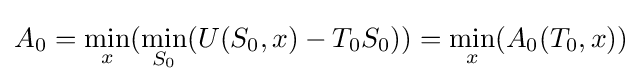
A_{0}={\underset {x}{\mathrm {min} }}({\underset {S_{0}}{\mathrm {min} }}(U(S_{0},x)-T_{0}S_{0}))={\underset {x}{\mathrm {min} }}(A_{0}(T_{0},x))